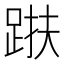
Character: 𨁜